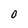
Character: 0